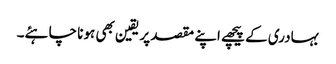
بہادری کے پیچھے اپنے مقصد پر یقین بھی ہونا چاہئے۔